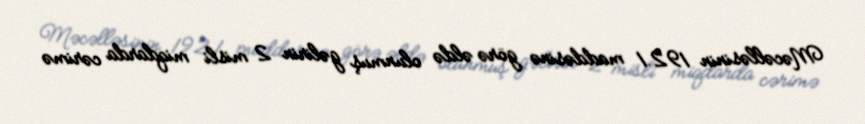
Məcəlləsinin 192.1 maddəsinə görə əldə olunmuş gəlirin 2 misli miqdarda cərimə